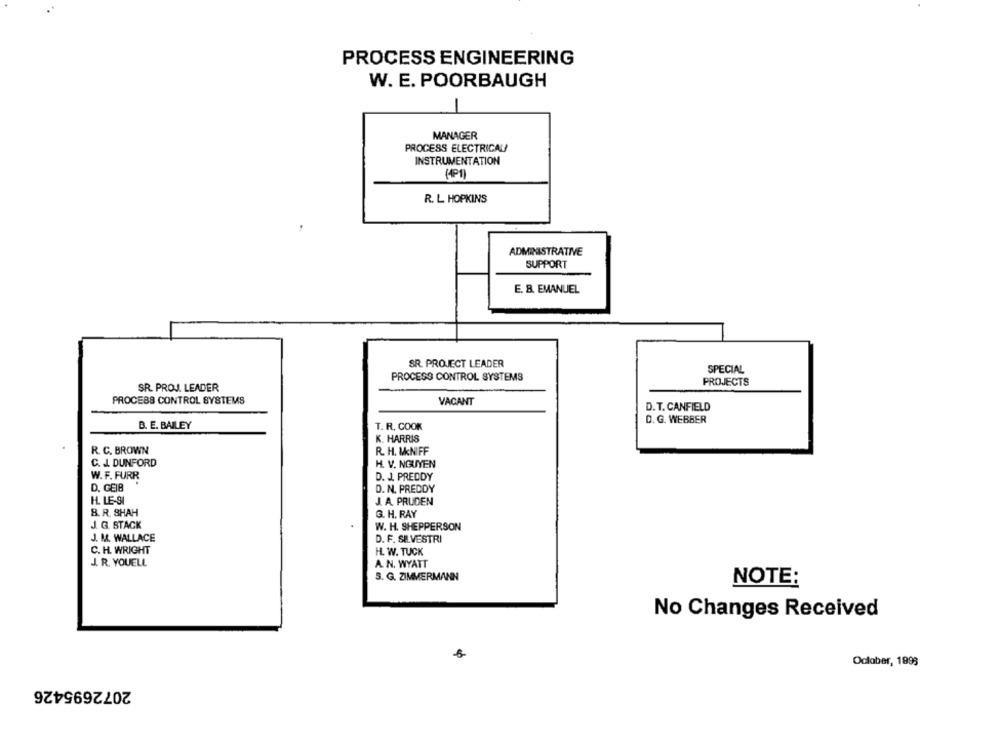
PROCESS ENGINEERING
W. E. POORBAUGH
MANAGER
PROCESS ELECTRICAL!
INSTRUMENTATION
(4P1)
R. L HOPKINS
ADMINISTRATIVE
SUPPORT
E. 8. EMANUEL
SR. PROJECT LEADER
SPECIAL
PROCESS CONTROL SYSTEMS
PROJECTS
SR. PROJ. LEADER
PROCESS CONTROL SYSTEMS
VACANT
D. T. CANFIELD
D. G. WEBBER
B. E. BAILEY
T. R. COOK
K. HARRIS
R. C. BROWN
R. H. McNIFF
C. J. DUNFORD
H. V. NGUYEN
W. F. FURR
D. J. PREDDY
D. GEIR
D. N. PREDDY
H. LE-91
J. A. PRUDEN
8. R. SHAH
G. H. RAY
J. G. STACK
W. H. SHEPPERSON
J. M. WALLACE
D. F. SILVESTRI
C. H. WRIGHT
H. W. TUCK
J. R. YOUELL
A. N. WYATT
S. G. ZIMMERMANN
NOTE:
No Changes Received
October, 1898
2072695426